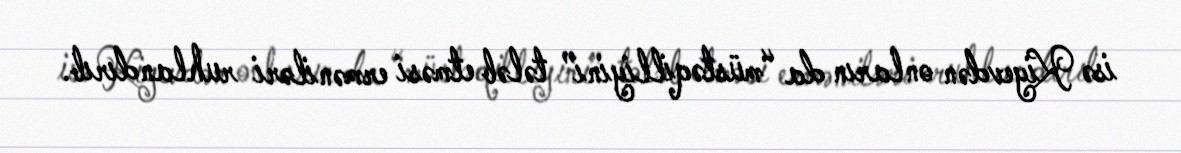
isə Kiyevdən onların da “müstəqilliyini” tələb etməsi erməniləri ruhlandırıb.